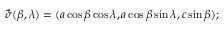
{ \vec { \sigma } } ( \beta , \lambda ) = ( a \cos \beta \cos \lambda , a \cos \beta \sin \lambda , c \sin \beta ) ; \,